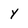
Character: y